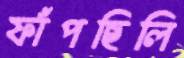
ফাঁপছিলি